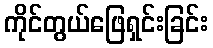
ကိုင်တွယ်ဖြေရှင်းခြင်း